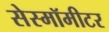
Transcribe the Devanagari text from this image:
सेस्मॉमीटर